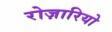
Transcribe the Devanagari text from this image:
रोज़ारियो